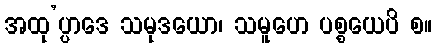
အထု’ပ္ပာဒေ သမုဒယော၊ သမူဟေ ပစ္စယေပိ စ။